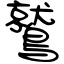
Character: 鷲